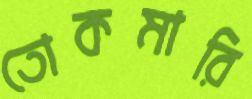
তোকমারি